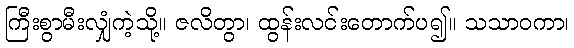
ကြီးစွာမီးလျှံကဲ့သို့။ ဇလိတွာ၊ ထွန်းလင်းတောက်ပ၍။ သသာဝကာ၊